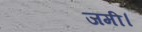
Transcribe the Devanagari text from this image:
जमी।